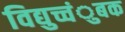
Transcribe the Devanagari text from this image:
विद्युच्चंुबक